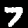
Label: 7